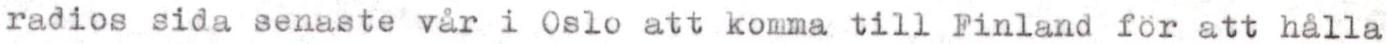
radios sida senaste vår i Oslo att komma till Finland för att hålla